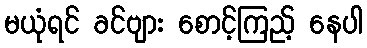
မယုံရင် ခင်ဗျား စောင့်ကြည့် နေပါ